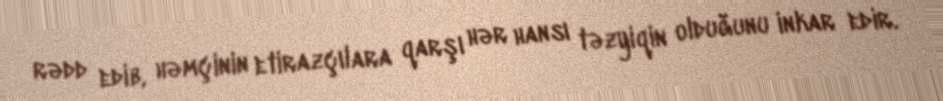
rədd edib, həmçinin etirazçılara qarşı hər hansı təzyiqin olduğunu inkar edir.